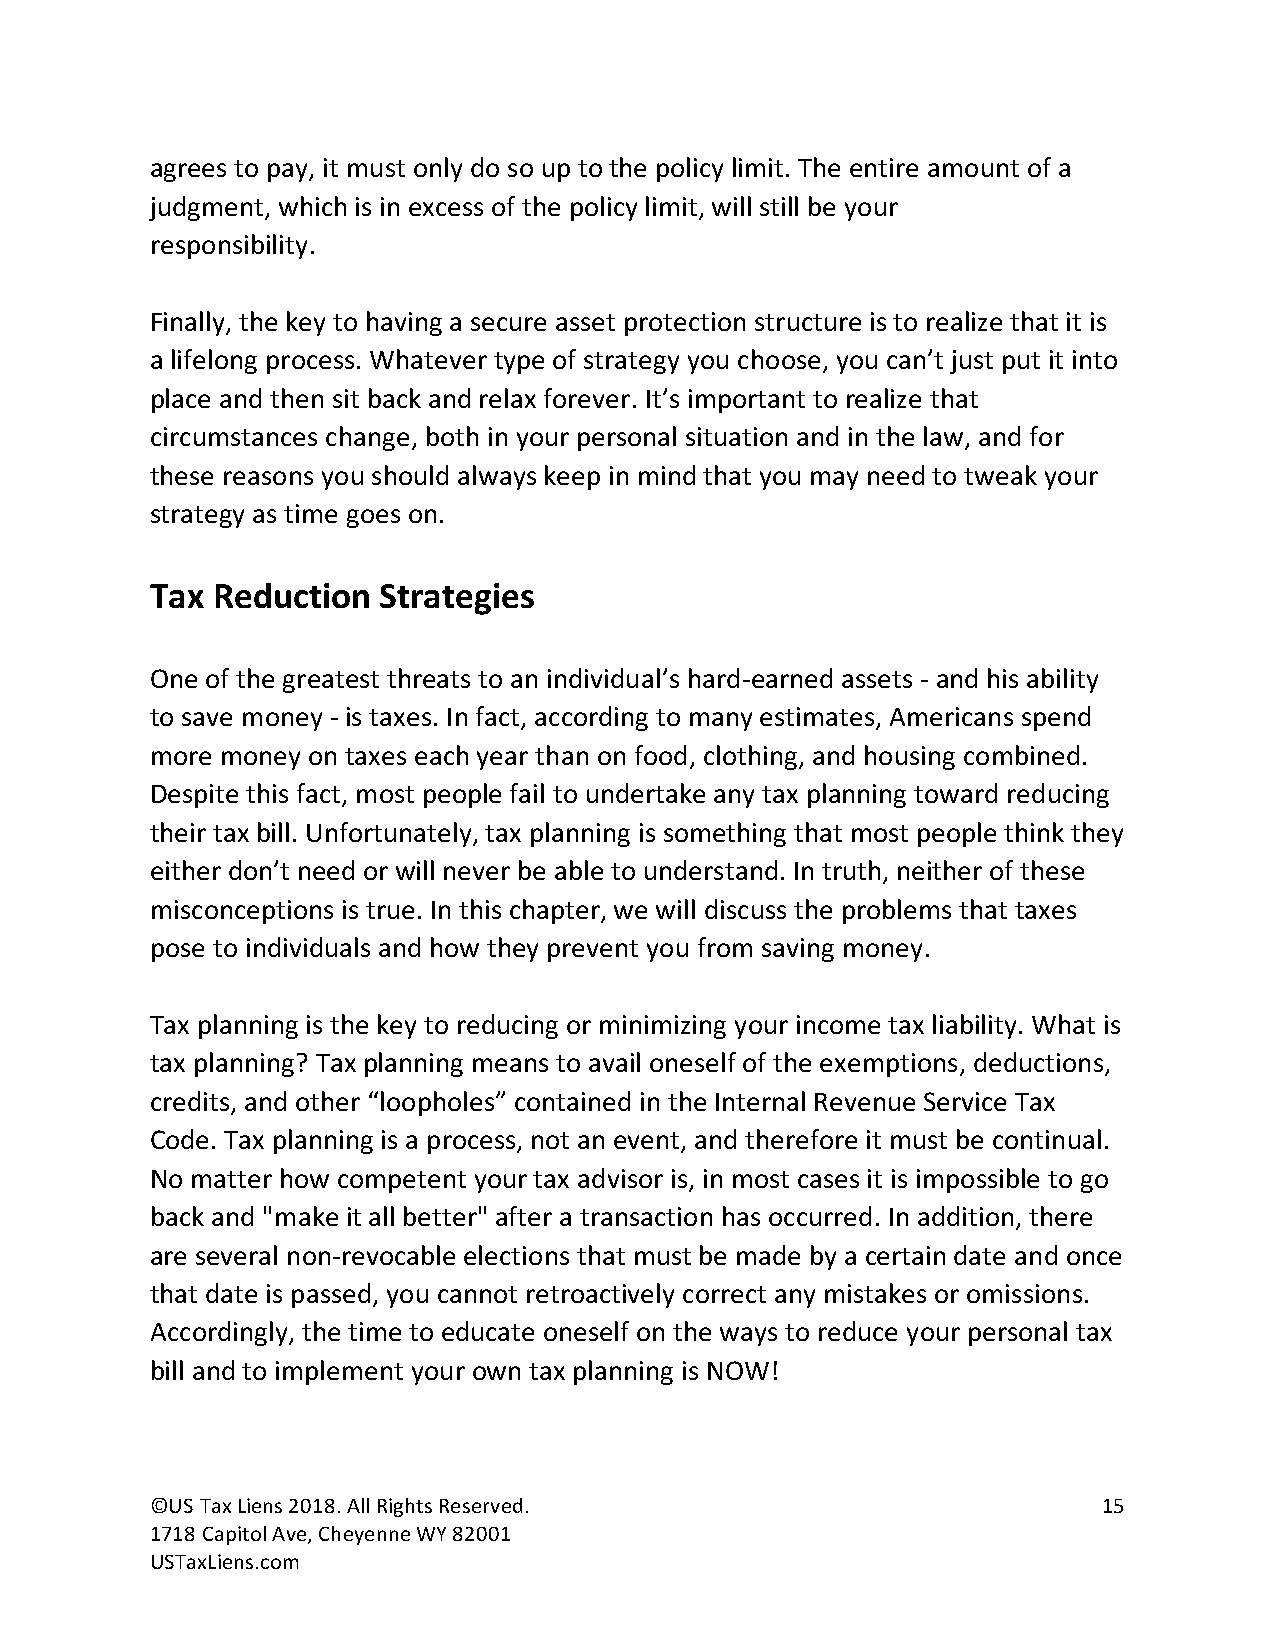
agrees to pay, it must only do so up to the policy limit. The entire amount of a
 judgment, which is in excess of the policy limit, will still be your
 responsibility.
 Finally, the key to having a secure asset protection structure is to realize that it is
 a lifelong process. Whatever type of strategy you choose, you can’t just put it into
 place and then sit back and relax forever. It’s important to realize that
 circumstances change, both in your personal situation and in the law, and for
 these reasons you should always keep in mind that you may need to tweak your
 strategy as time goes on.
 Tax Reduction  Strategies
 One of the greatest threats to an individual’s hard-earned assets - and his ability
 to save money - is taxes. In fact, according to many estimates, Americans spend
 more money on taxes each year than on food, clothing, and housing combined.
 Despite this fact, most people fail to undertake any tax planning toward reducing
 their tax bill. Unfortunately, tax planning is something that most people think they
 either don’t need or will never be able to understand. In truth, neither of these
 misconceptions is true. In this chapter, we will discuss the problems that taxes
 pose to individuals and how they prevent you from saving money.
 Tax planning is the key to reducing or minimizing your income tax liability. What is
 tax planning? Tax planning means to avail oneself of the exemptions, deductions,
 credits, and other “loopholes” contained in the Internal Revenue Service Tax
 Code. Tax planning is a process, not an event, and therefore it must be continual.
 No matter how competent your tax advisor is, in most cases it is impossible to go
 back and "make it all better" after a transaction has occurred. In addition, there
 are several non-revocable elections that must be made by a certain date and once
 that date is passed, you cannot retroactively correct any mistakes or omissions.
 Accordingly, the time to educate oneself on the ways to reduce your personal tax
 bill and to implement your own tax planning is NOW!
 ©US Tax Liens 2018. All Rights Reserved.                       15
 1718 Capitol Ave, Cheyenne WY 82001
 USTaxLiens.com